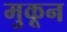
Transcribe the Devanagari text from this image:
मुकून